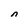
Character: n